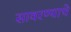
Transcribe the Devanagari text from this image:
सावरण्याचे